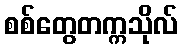
စစ်တွေတက္ကသိုလ်